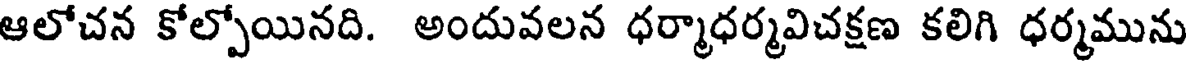
ఆలోచన కోల్పోయినది. అందువలన ధర్మాధర్మవిచక్షణ కలిగి ధర్మమును